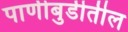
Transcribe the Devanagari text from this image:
पाणीबुडीतील